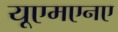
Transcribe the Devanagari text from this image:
यूएमएनए